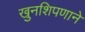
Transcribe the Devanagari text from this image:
खुनशिपणाने